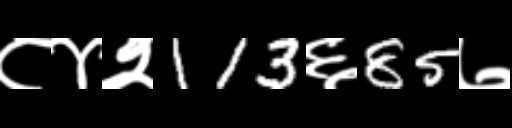
Text: ८४२113६85७